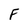
Character: F